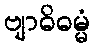
ဗျာဓိဓမ္မံ